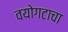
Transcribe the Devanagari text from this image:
वयोगटाचा